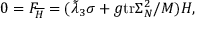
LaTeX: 0 = F _ { \overline { { { H } } } } = ( \tilde { \lambda } _ { 3 } \sigma + g \mathrm { t r } \Sigma _ { N } ^ { 2 } / M ) H ,